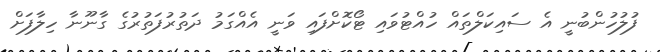
ފުލުހުންބުނީ އެ ސައިކަލްތައް ހުއްޓުވައި ޓޯކޮށްފައި ވަނީ އެއްގަމު ދަތުރުފަތުރުގެ ގާނޫނާ ހިލާފަށް